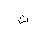
Letter: _ta